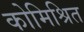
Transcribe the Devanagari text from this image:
कोमिश्रित